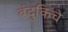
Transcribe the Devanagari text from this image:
बंदुकिचे